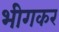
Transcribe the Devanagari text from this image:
भीगकर